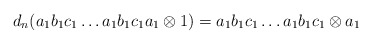
\begin{align*}d_n(a_1b_1c_1 \dots a_1b_1c_1a_1 \otimes 1) = a_1b_1c_1 \dots a_1b_1c_1 \otimes a_1 \end{align*}